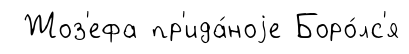
Жоз'ефа пр'ида́ноjе Боро́лс'я